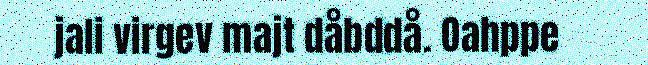
jali virgev majt dåbddå. Oahppe